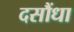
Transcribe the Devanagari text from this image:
दसौंधा